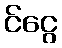
င်ငွေ